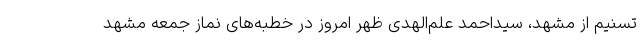
تسنیم از مشهد، سیداحمد علم‌الهدی ظهر امروز در خطبه‌های نماز جمعه مشهد